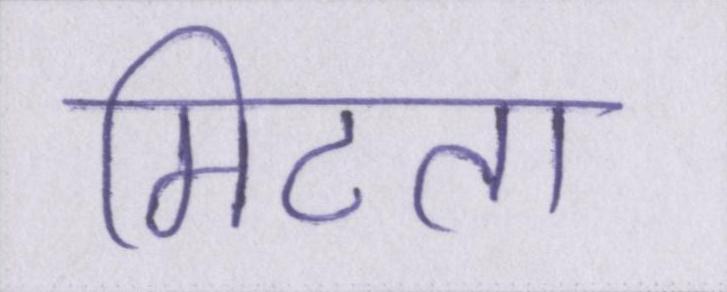
मिटता